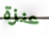
عنزة